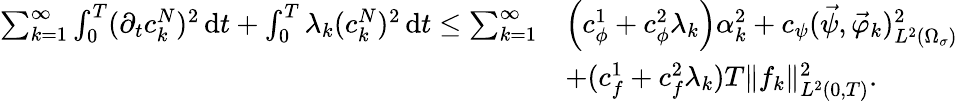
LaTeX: \begin{array}{rl}{\sum_{k=1}^{\infty}\int_{0}^{T}(\partial_{t}c_{k}^{N})^{2}\, \mathrm dt+\int_{0}^{T}\lambda_{k}(c_{k}^{N})^{2}\, \mathrm dt\leq\sum_{k=1}^{\infty}}&{\left(c_{\phi}^{1}+c_{\phi}^{2}\lambda_{k}\right)\alpha_{k}^{2}+c_{\psi}(\vec{\psi},\vec{\varphi}_{k})_{L^{2}(\Omega_{\sigma})}^{2}}\\ &{+(c_{f}^{1}+c_{f}^{2}\lambda_{k})T\| f_{k}\| _{L^{2}(0,T)}^{2}.}\end{array}